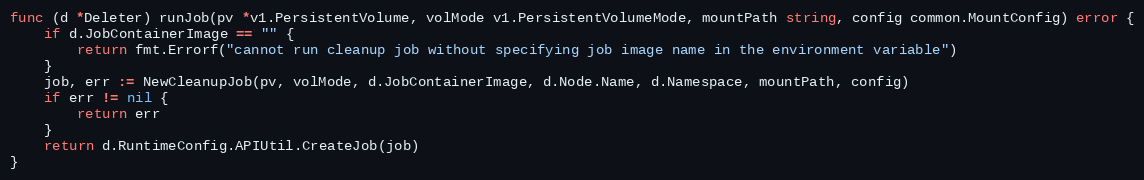
Language: Go
func (d *Deleter) runJob(pv *v1.PersistentVolume, volMode v1.PersistentVolumeMode, mountPath string, config common.MountConfig) error {
	if d.JobContainerImage == "" {
		return fmt.Errorf("cannot run cleanup job without specifying job image name in the environment variable")
	}
	job, err := NewCleanupJob(pv, volMode, d.JobContainerImage, d.Node.Name, d.Namespace, mountPath, config)
	if err != nil {
		return err
	}
	return d.RuntimeConfig.APIUtil.CreateJob(job)
}